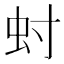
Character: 䖞